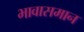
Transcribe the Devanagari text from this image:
भावासमान